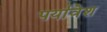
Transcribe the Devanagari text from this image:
पर्यावेश